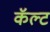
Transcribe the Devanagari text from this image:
कॅल्ट